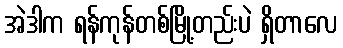
အဲဒါက ရန်ကုန်တစ်မြို့တည်းပဲ ရှိတာလေ